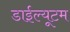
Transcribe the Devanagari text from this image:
डाईल्यूटम